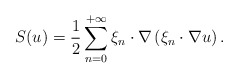
\begin{align*} S(u)=\frac{1}{2} \sum_{n=0}^{+\infty} \xi_{n} \cdot \nabla \left( \xi_{n} \cdot \nabla u \right) .\end{align*}